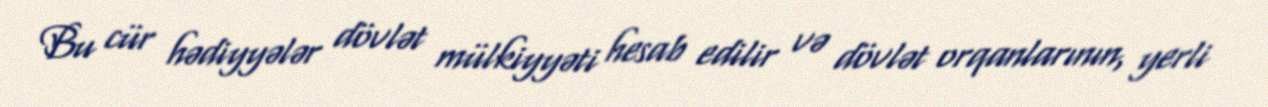
Bu cür hədiyyələr dövlət mülkiyyəti hesab edilir və dövlət orqanlarının, yerli